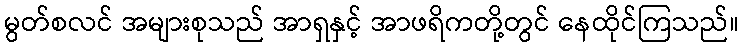
မွတ်စလင် အများစုသည် အာရှနှင့် အာဖရိကတို့တွင် နေထိုင်ကြသည်။